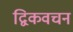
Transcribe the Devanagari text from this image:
द्विकवचन